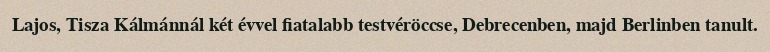
Lajos, Tisza Kálmánnál két évvel fiatalabb testvéröccse, Debrecenben, majd Berlinben tanult.